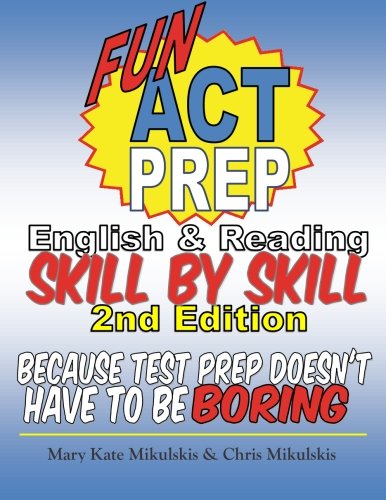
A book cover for Fun ACT Prep English and Reading: Skill by Skill: because test prep doesn't have to be boring; Mary Kate Mikulskis; Test Preparation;